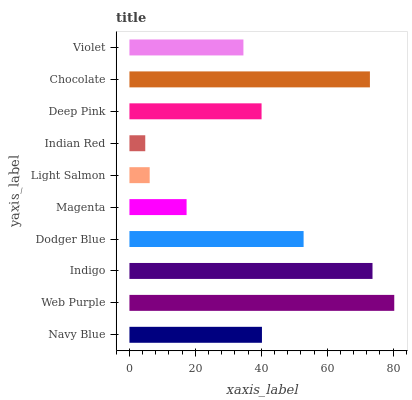
| yaxis_label | bars |
 | --- | --- |
 | Navy Blue | 40.2 |
 | Web Purple | 80.3 |
 | Indigo | 73.7 |
 | Dodger Blue | 52.8 |
 | Magenta | 17.3 |
 | Light Salmon | 6.14 |
 | Indian Red | 4.8 |
 | Deep Pink | 40.1 |
 | Chocolate | 72.9 |
 | Violet | 34.6 |